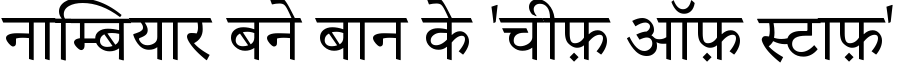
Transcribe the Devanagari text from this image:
नाम्बियार बने बान के 'चीफ़ ऑफ़ स्टाफ़'